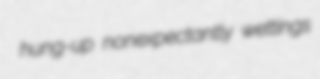
hung-up nonexpectantly wettings